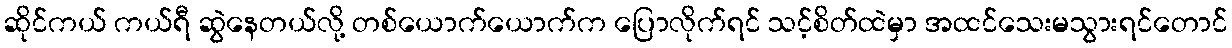
ဆိုင်ကယ် ကယ်ရီ ဆွဲနေတယ်လို့ တစ်ယောက်ယောက်က ပြောလိုက်ရင် သင့်စိတ်ထဲမှာ အထင်သေးမသွားရင်တောင်